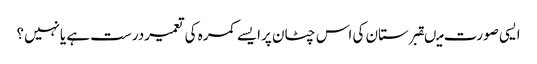
ایسی صورت میںقبرستان کی اس چٹان پرایسے کمرہ کی تعمیردرست ہے یانہیں؟